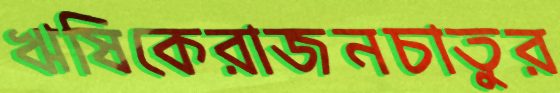
ঋষিকেরাজনচাতুর